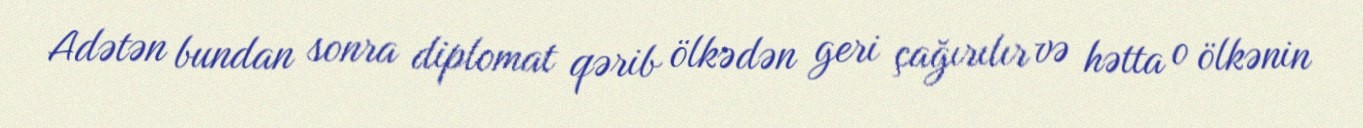
Adətən bundan sonra diplomat qərib ölkədən geri çağırılır və hətta o ölkənin